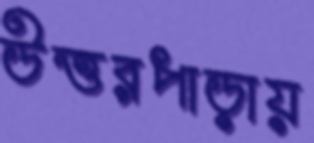
উত্তরপাড়ায়